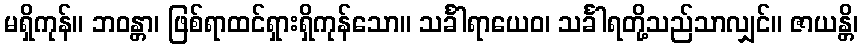
မရှိကုန်။ ဘဝန္တာ၊ ဖြစ်ရာထင်ရှားရှိကုန်သော။ သင်္ခါရာယေဝ၊ သင်္ခါရတို့သည်သာလျှင်။ ဇာယန္တိ၊